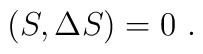
(S,\Delta S)=0\ .